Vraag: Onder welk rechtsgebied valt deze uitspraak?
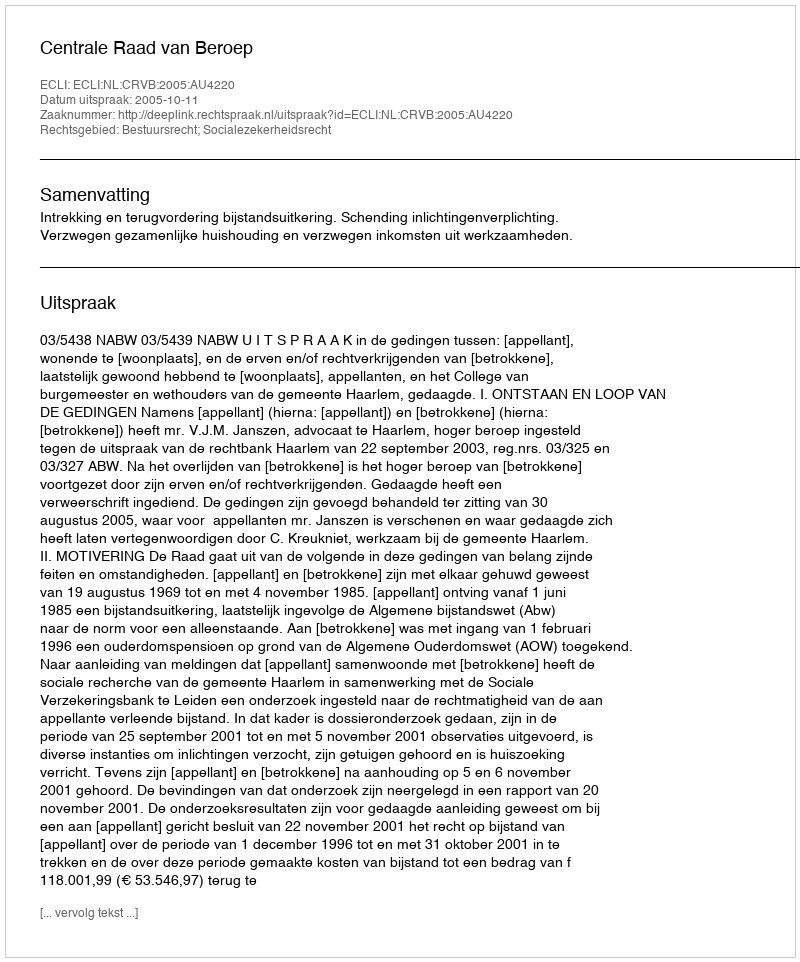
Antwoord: Bestuursrecht; Socialezekerheidsrecht